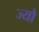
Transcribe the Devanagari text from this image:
ज्‍यौं